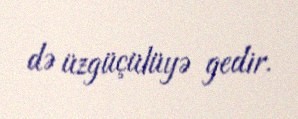
də üzgüçülüyə gedir.